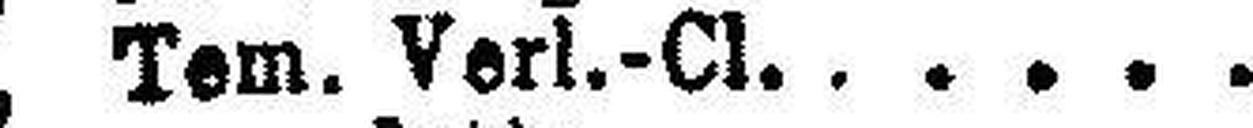
5% " Tem. Verl.-Cl.